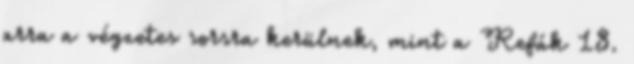
arra a végzetes sorsra kerülnek, mint a Refák 18.